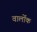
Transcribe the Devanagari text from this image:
वार्लोक